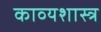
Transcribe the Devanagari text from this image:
काव्‍यशास्‍त्र